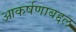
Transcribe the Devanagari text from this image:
आकर्षणाबद्दल